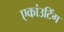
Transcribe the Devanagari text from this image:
एकांउटिंग